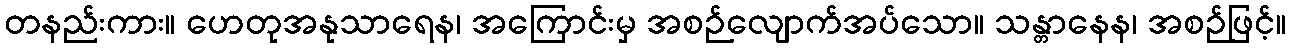
တနည်းကား။ ဟေတုအနုသာရေန၊ အကြောင်းမှ အစဉ်လျောက်အပ်သော။ သန္တာနေန၊ အစဉ်ဖြင့်။